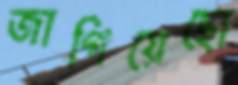
জাগিয়েছো